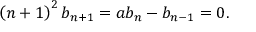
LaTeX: \left( n + 1 \right) ^ { 2 } b _ { n + 1 } = a b _ { n } - b _ { n - 1 } = 0 .